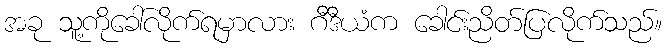
အခု သူ့ကိုခေါ်လိုက်ရမှာလား ဂီဒီယံက ခေါင်းညိတ်ပြလိုက်သည်။